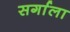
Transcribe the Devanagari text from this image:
सर्गाला